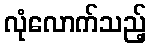
လုံလောက်သည့်